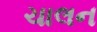
ચાલન